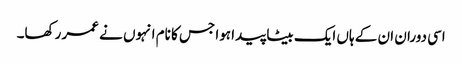
اسی دوران ان کے ہاں ایک بیٹا پیدا ہوا جس کا نام انہوں نے عمر رکھا۔